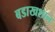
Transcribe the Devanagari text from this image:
बडाखशान